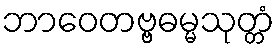
ဘာဝေတဗ္ဗဓမ္မသုတ္တံ